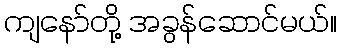
ကျနော်တို့ အခွန်ဆောင်မယ်။